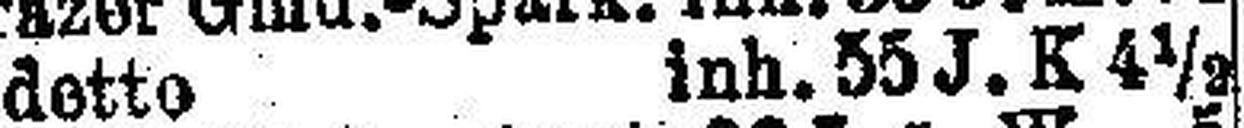
detto inh. 55 J. K 4½